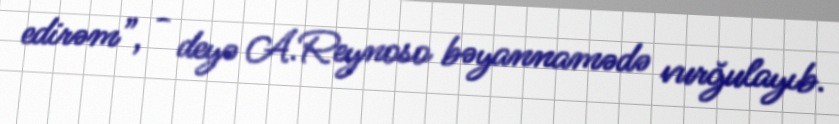
edirəm”, - deyə A.Reynoso bəyannamədə vurğulayıb.